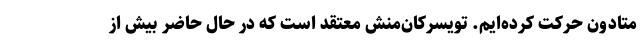
متادون حرکت کرده‌ایم. تویسرکان‌منش معتقد است که در حال حاضر بیش از